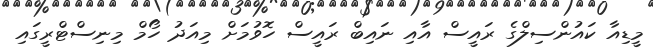
މީޑިއާ ކައުންސިލްގެ ރައީސް އާއި ނައިބް ރައީސް ހޮވުމަށް މިއަދު ހޯމް މިނިސްޓްރީގައި